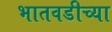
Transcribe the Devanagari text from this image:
भातवडीच्या